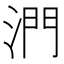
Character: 𣶯